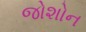
જોશોન